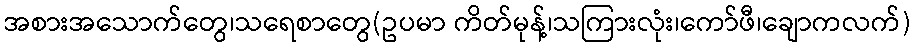
အစားအသောက်တွေ၊သရေစာတွေ(ဥပမာ ကိတ်မုန့်၊သကြားလုံး၊ကော်ဖီ၊ချောကလက်)